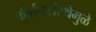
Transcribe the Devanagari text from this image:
कीर्तनसंस्थेमुळे